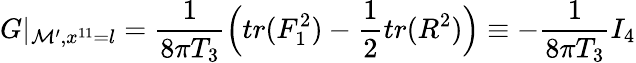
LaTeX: G\vert_{{\cal M}^{\prime},x^{11}=l}={\frac{1}{8\pi T_{3}}}\Big(tr(F_{1}^{2})-{\frac{1}{2}}tr(R^{2})\Big)\equiv-{\frac{1}{8\pi T_{3}}}I_{4}